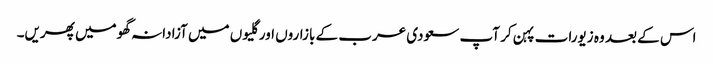
اس کے بعد وہ زیورات پہن کر آپ سعودی عرب کے بازاروں اور گلیوں میں آزادانہ گھومیں پھریں۔